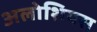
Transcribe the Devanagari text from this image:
अलोशियस